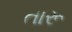
તારૂ